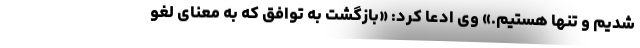
شدیم و تنها هستیم.» وی ادعا کرد: «بازگشت به توافق که به معنای لغو